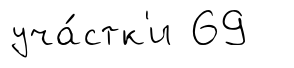
уча́стк'и 69